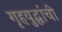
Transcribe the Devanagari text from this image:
गृहयुद्धांची